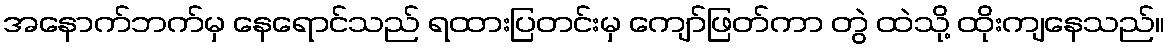
အနောက်ဘက်မှ နေရောင်သည် ရထားပြတင်းမှ ကျော်ဖြတ်ကာ တွဲ ထဲသို့ ထိုးကျနေသည်။